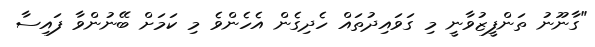
"ގާނޫނު ތަންފީޒުވާނީ މި ގަވައިދުތައް ހެދިގެން އެހެންވެ މި ކަމަށް ބޭނުންވާ ފައިސާ